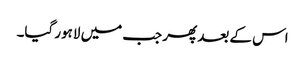
اس کے بعد پھر جب میں لاہور گیا۔